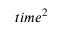
t i m e ^ { 2 }